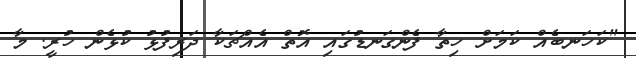
"ކަހަނބެއް ކަމަށް ހިތާ ފެންގަނޑުގައި އޮތް އެއްޗަކާ ދަރިފުޅު ކުޅެން ހުރީ. މާ